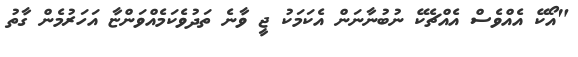
"އޯކޭ އެއްވެސް އެއްޗެކޭ ނުބުނާނަން އެކަމަކު ޖީ ވާނެ ތަދުވެކަމެއްވަންޏާ އަހަރުމެން ގާތު